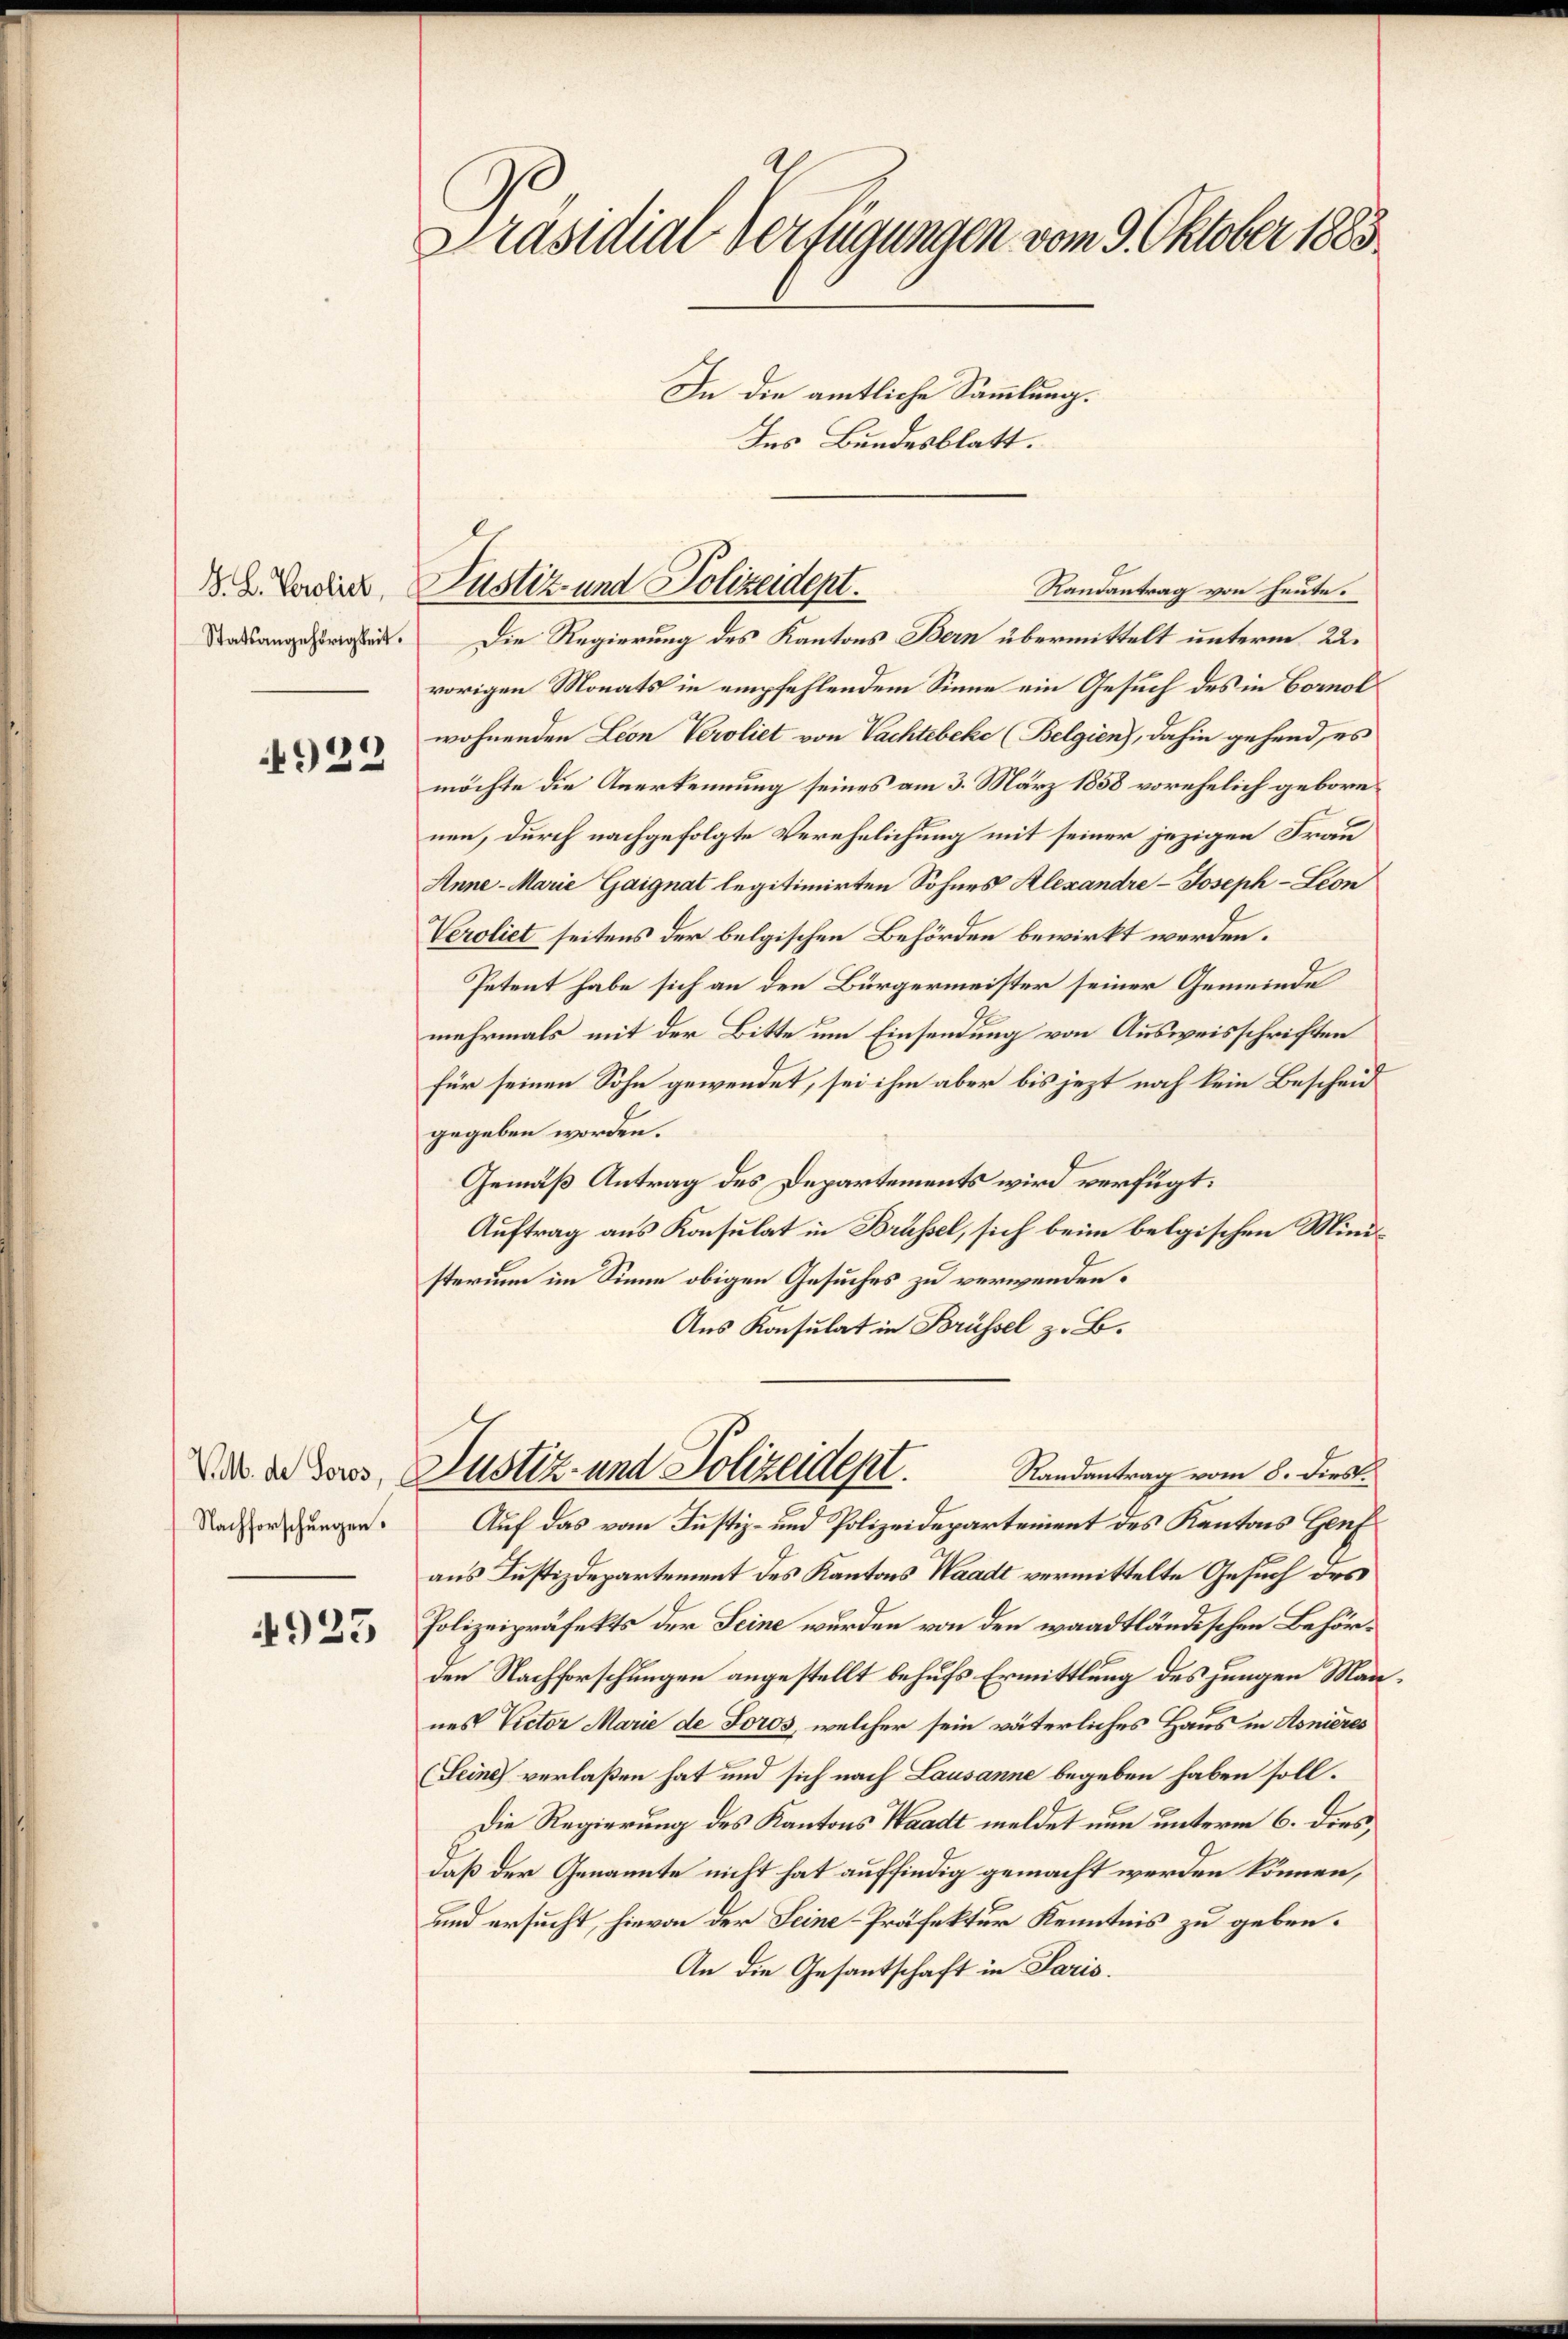
G. B. Verblick,
Statsangehörigkeit.

4922

Vb. de Foros,
Nachforschungen.

4925

Präsidial-Verfügungen vom 9. Oktober 1883.
In die amtliche Sammlung.

Randantrag von heute.
Die Regierung des Kantons Bern übermittelt unterm 22.
vorigen Monats in empfehlendem Sinne ein Gesuch des in Cornol
wohnenden Leon Veroliet von Vachtebekc (Belgien), dahin gehend, es
möchte die Anerkennung seines am 3. März 1858 vorehelich geborenen, durch nachgefolgte Verehelichung mit seiner jezigen Frau
Anne - Marie Gaignat legitimirten Sohnes Alexandre-Joseph Leon
Veroliet seitens der belgischen Behörden bewirkt werden.
Petent habe sich an den Bürgermeister seiner Gemeinde
mehrmals mit der Bitte um Einsendung von Ausweisschriften
für seinen Sohn gewendet, sei ihm aber bis jezt noch kein Bescheid
gegeben worden.
Gemäß Antrag des Departements wird verfügt:
Auftrag aus Konsulat in Brüssel, sich beim belgischen Ministerium im Sinne obigen Gesuches zu verwenden.
Aus Konsulat in Brüssel z. B.
Randantrag vom 8. dies
Justiz- und Polizeidept.
Auf das vom Justiz- und Polizeidepartement des Kantons Genf
aus Justizdepartement des Kantons Waadt vermittelte Gesuch des
Polizeipräfekts der Seine wurden von den waadtländischen Behörden Nachforschungen angestellt behufs Ermittlung des jungen Mannes Victor Marie de Foros, welcher sein väterliches Haus in Asnières
(Seine verlaßen hat und sich nach Lausanne begeben haben soll.
Die Regierung des Kantons Waadt meldet nun unterm 6. dies,
daß der Genannte nicht hat auffindig gemacht werden können,
und ersucht, hievon der Seine-Präfektur Kenntnis zu geben.
An die Gesantschaft in Paris.

Ins Bundesblatt.

Justiz- und Polizeidept.